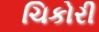
ચિકોરી